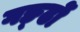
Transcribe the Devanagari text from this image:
गङ्ढों